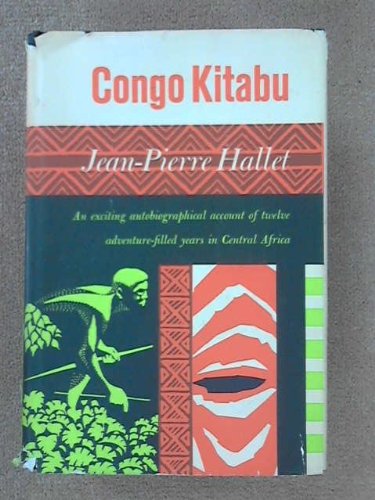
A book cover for Congo Kitabu: An Exciting Autobiographical Account of Twelve Adventure-filled Years in Central Africa; Jean-Pierre Hallet; Travel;